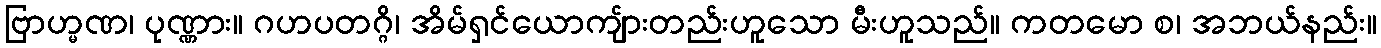
ဗြာဟ္မဏ၊ ပုဏ္ဏား။ ဂဟပတဂ္ဂိ၊ အိမ်ရှင်ယောကျ်ားတည်းဟူသော မီးဟူသည်။ ကတမော စ၊ အဘယ်နည်း။